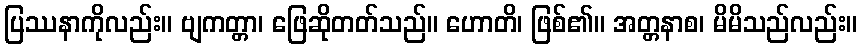
ပြဿနာကိုလည်း။ ဗျကတ္တာ၊ ဖြေဆိုတတ်သည်။ ဟောတိ၊ ဖြစ်၏။ အတ္တနာစ၊ မိမိသည်လည်း။